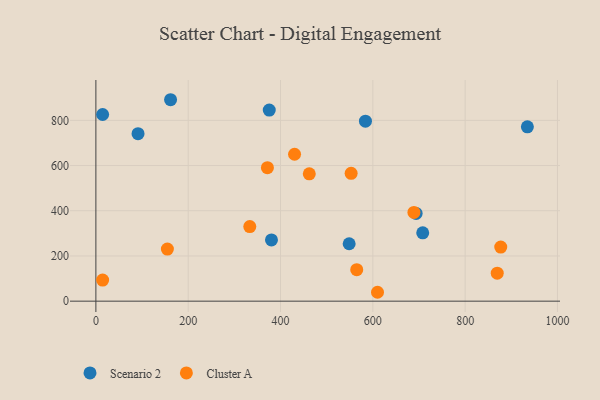
{"axis": {"x": "Engine Size", "y": "Yield"}, "legend": ["Cluster A", "Scenario 2"], "data": [{"x": "14.6", "y": 825.9, "type": "Scenario 2"}, {"x": "91.3", "y": 740.9, "type": "Scenario 2"}, {"x": "548.7", "y": 254.1, "type": "Scenario 2"}, {"x": "708.1", "y": 302.5, "type": "Scenario 2"}, {"x": "934.8", "y": 771.3, "type": "Scenario 2"}, {"x": "584.0", "y": 796.2, "type": "Scenario 2"}, {"x": "161.8", "y": 891.2, "type": "Scenario 2"}, {"x": "380.4", "y": 270.8, "type": "Scenario 2"}, {"x": "375.6", "y": 845.2, "type": "Scenario 2"}, {"x": "693.8", "y": 388.0, "type": "Scenario 2"}, {"x": "869.5", "y": 123.8, "type": "Cluster A"}, {"x": "877.1", "y": 239.2, "type": "Cluster A"}, {"x": "430.4", "y": 649.9, "type": "Cluster A"}, {"x": "14.6", "y": 93.2, "type": "Cluster A"}, {"x": "462.3", "y": 563.5, "type": "Cluster A"}, {"x": "565.1", "y": 139.4, "type": "Cluster A"}, {"x": "689.0", "y": 392.6, "type": "Cluster A"}, {"x": "553.0", "y": 565.5, "type": "Cluster A"}, {"x": "333.4", "y": 330.1, "type": "Cluster A"}, {"x": "154.9", "y": 230.3, "type": "Cluster A"}, {"x": "371.6", "y": 590.7, "type": "Cluster A"}, {"x": "610.1", "y": 39.3, "type": "Cluster A"}]}